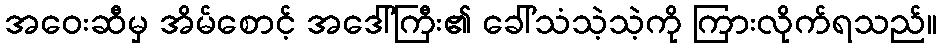
အဝေးဆီမှ အိမ်စောင့် အဒေါ်ကြီး၏ ခေါ်သံသဲ့သဲ့ကို ကြားလိုက်ရသည်။